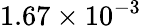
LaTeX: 1.67\times 10^{-3}